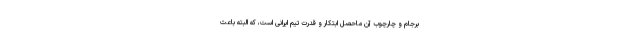
برجام و چارچوب آن ماحصل ابتکار و قدرت تیم ایرانی است، که البته باعث